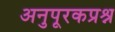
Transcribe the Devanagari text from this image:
अनुपूरकप्रश्न